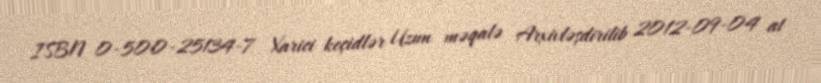
ISBN 0-500-25134-7 Xarici keçidlər Uzun məqalə Arxivləşdirilib 2012-09-04 at